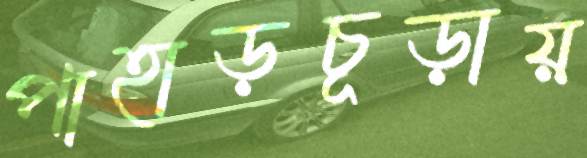
পাহাড়চূড়ায়